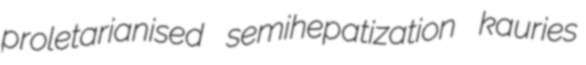
proletarianised semihepatization kauries